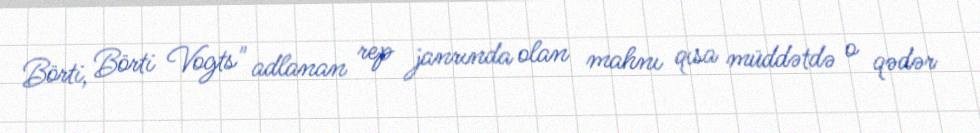
Börti, Börti Vogts" adlanan rep janrında olan mahnı qısa müddətdə o qədər